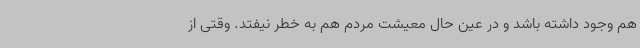
هم وجود داشته باشد و در عین حال معیشت مردم هم به خطر نیفتد. وقتی از